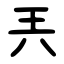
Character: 兲